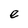
Character: e